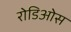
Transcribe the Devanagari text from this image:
रोडिओस